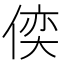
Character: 𠋈